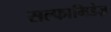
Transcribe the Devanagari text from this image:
सल्फामिडेज़